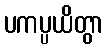
ပကပ္ပယိတွာ